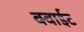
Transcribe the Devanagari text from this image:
क्वाईट